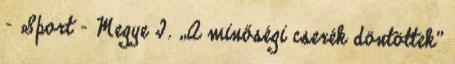
- Sport - Megye I. „A minőségi cserék döntöttek”